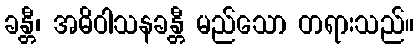
ခန္တီ၊ အဓိဝါသနခန္တီ မည်သော တရားသည်။